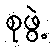
စုဖွဲ့